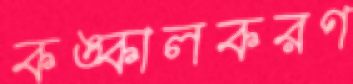
কঙ্কালকরণ